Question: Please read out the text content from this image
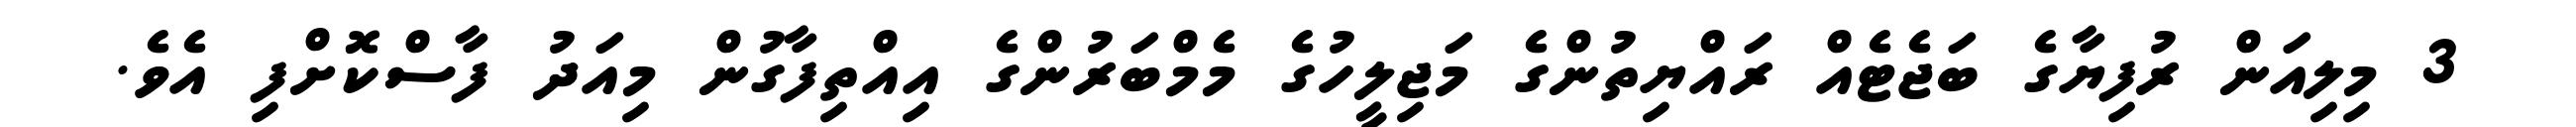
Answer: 3 މިލިއަން ރުފިޔާގެ ބަޖެޓެއް ރައްޔިތުންގެ މަޖިލީހުގެ މެމްބަރުންގެ އިއްތިފާގުން މިއަދު ފާސްކޮށްފި އެވެ.